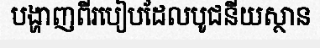
បង្ហាញពីរបៀបដែលបូជនីយស្ថាន